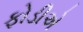
ફોડીએ